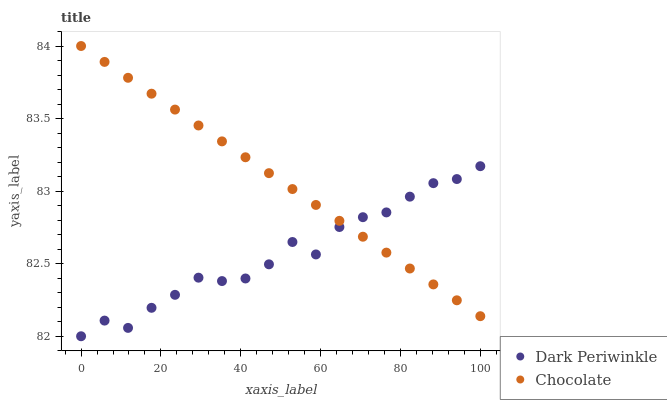
| xaxis_label | Dark Periwinkle | Chocolate |
 | --- | --- | --- |
 | 0 | 82 | 84 |
 | 5.88 | 82.1 | 83.9 |
 | 11.8 | 82.1 | 83.8 |
 | 17.6 | 82.2 | 83.7 |
 | 23.5 | 82.3 | 83.6 |
 | 29.4 | 82.4 | 83.5 |
 | 35.3 | 82.4 | 83.3 |
 | 41.2 | 82.4 | 83.2 |
 | 47.1 | 82.5 | 83.1 |
 | 52.9 | 82.6 | 83 |
 | 58.8 | 82.6 | 82.9 |
 | 64.7 | 82.8 | 82.8 |
 | 70.6 | 82.8 | 82.7 |
 | 76.5 | 82.9 | 82.6 |
 | 82.4 | 83 | 82.5 |
 | 88.2 | 83.1 | 82.4 |
 | 94.1 | 83.1 | 82.2 |
 | 100 | 83.2 | 82.1 |